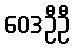
ဝေဒဦဦ